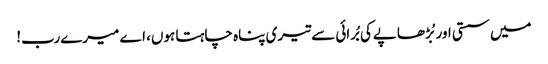
میں سستی اور بُڑھاپےکی بُرائی سے تیری پناہ چاہتا ہوں، اے میرےرب!